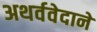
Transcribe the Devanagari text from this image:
अथर्ववेदाने